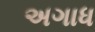
અગાધ